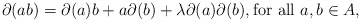
\begin{align*}\partial(ab) = \partial(a)b + a\partial(b) +\lambda\partial(a)\partial(b), \mbox{for all $a,b\in A$,}\end{align*}